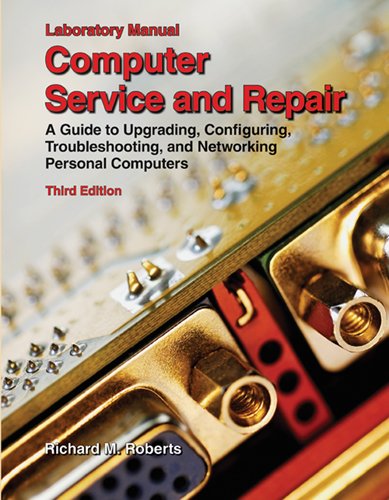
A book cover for Computer Service and Repair; Richard M. Roberts; Computers & Technology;